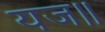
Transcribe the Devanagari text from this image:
यज॥